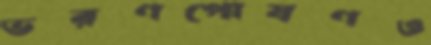
ভরণপোষণও